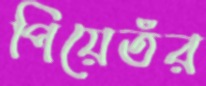
পিয়েতঁর